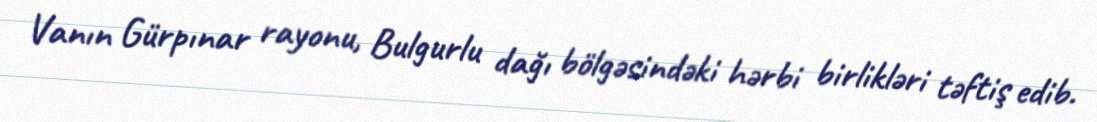
Vanın Gürpınar rayonu, Bulgurlu dağı bölgəsindəki hərbi birlikləri təftiş edib.